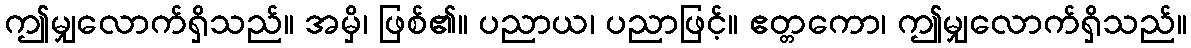
ဤမျှလောက်ရှိသည်။ အမှိ၊ ဖြစ်၏။ ပညာယ၊ ပညာဖြင့်။ ဧတ္တကော၊ ဤမျှလောက်ရှိသည်။